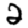
Digit: 2